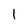
Character: 1